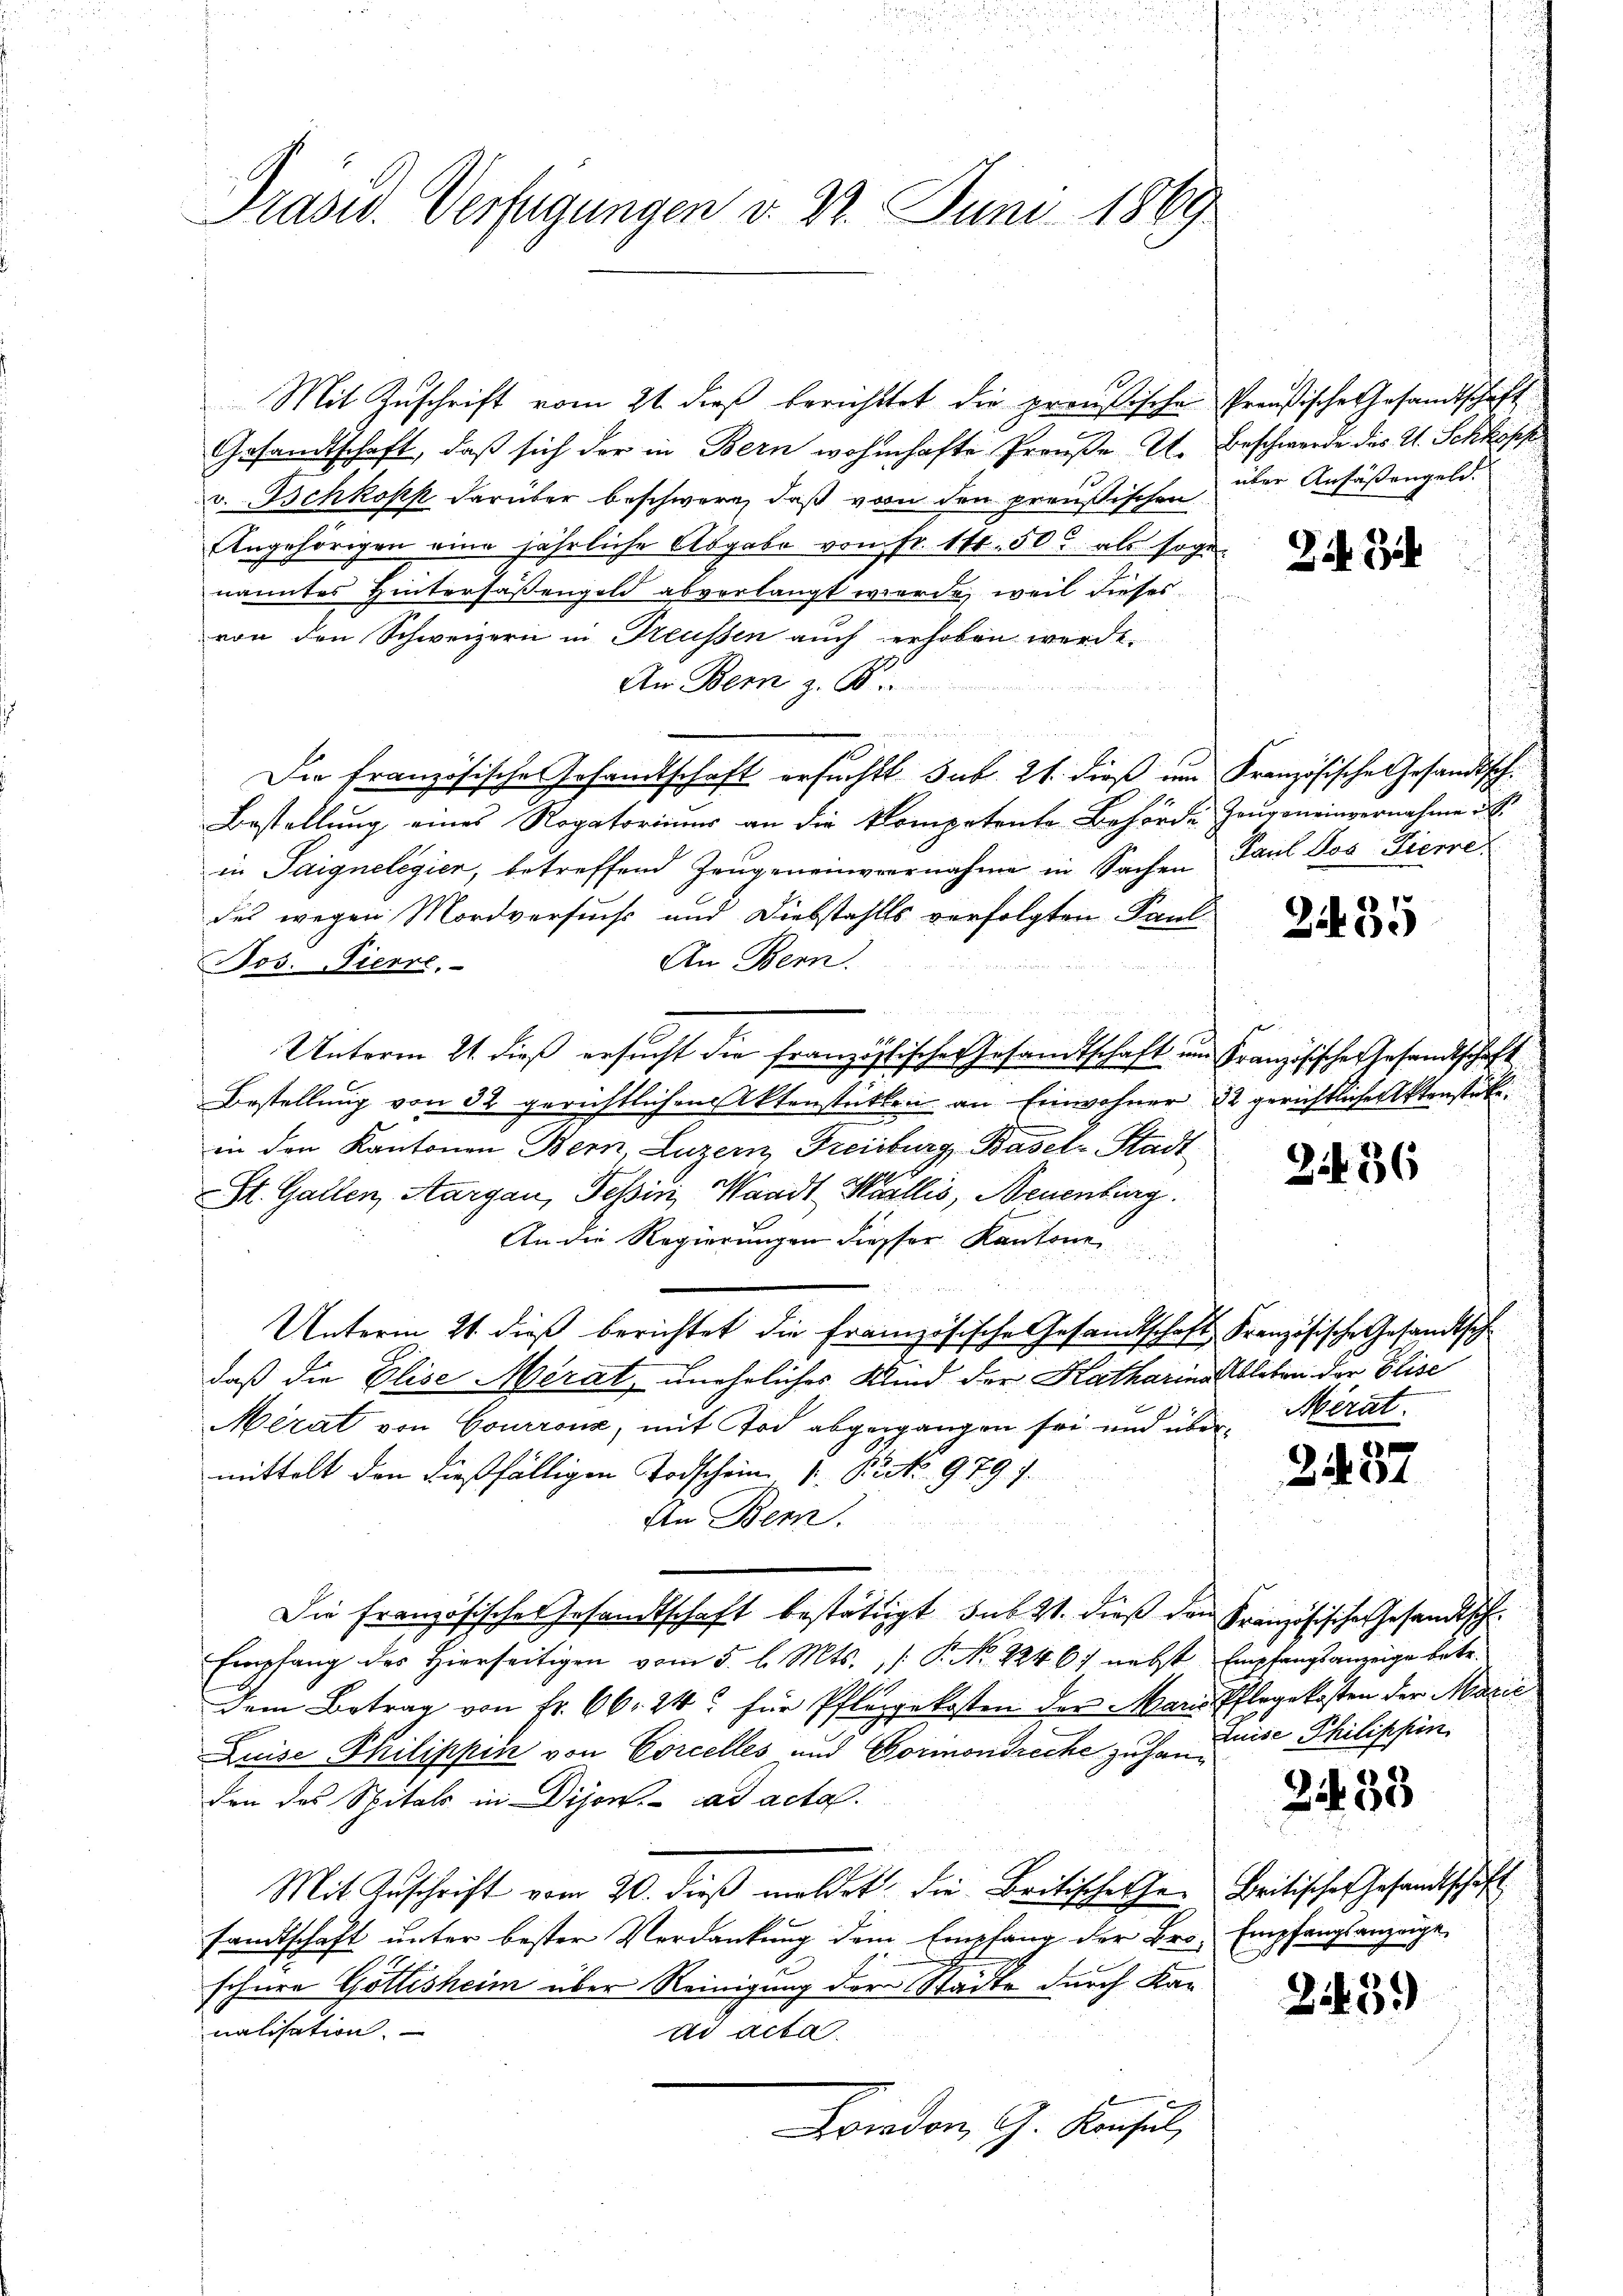
Präsid. Verfügungen v. 23. Juni 1869

Mit Zuschrift vom 2t dieß berichttet die preußische Preußische Gesandtschaft
Gesandtschaft, daß sich der in Bern wohnhafte Preuße I. Beschwerde des H. Schopp
v. Tschkopp darüber beschwere, daß von den preußischen über Ansäßengeld.
Angehörigen eine jährliche Abgabe vom fr. 146. 50. als sogenanntes Hintersassengeld abverlangt werde, weil dieses
von den Schweizern in Freussen auch erhoben werde.
An Bern z. B.

Die französische Gesandtschaft ersucht sub. 21. dieß im Französische Gesandtsch.
Bestellung eines Rogatoriums an die kompetente Behörde Zeugeneinvernahme u. S.
in Saignelegier, betreffend Zeugeneinvernahme in Sachen Paul Dos Fierre
des wegen Mordversuchs und Diebstahls verfolgten Paul
An Bern.
os. Pierre.
Unterm 21. dieß ersucht die französische Gesandtschaft und Französische Gesandtschaft
Bestellung von 32 gerichtlichen Aktenstütten an Einwohner 22 gerichtliche Aktenstüke
in den Kantonen Bern Luzern Freiburg, Basel-Stadt
St. Gallen, Aargau, Tessin, Waadt Maillis, Neuenburg.
An die Regierungen diesser Kantone
d
Unterm 21. dieß berichtet die französische Gesandtschaft Französische Gesandtsch
daß die Elise Merat, uneheliches Kind der Katharinallbleben der Elise
Merat von Courronz, mit Tod abgegangen sei und über Merat.
mittelt den dießfälligen Todschein 1. P. Nr. 979 f.
An Bern.
Die Französisches Gesandtschaft bestätigt sub 21. dieß den Französische Gesandtsch
Empfang des Hierseitigen vom 5. l. Mts. /: P. No. 2246. nebst Empfangsanzeige betr.
dem Betrag von Fr. 66. 24. für Pflegekosten der Marie Pflegekosten der Marie
Luise Philippin von Corcelles und Gormondreche zu hande Philippin
den des Spitals in Dijon. ad acta.
Mit Zuschrift vom 20. dieß meldet die Britischehen Britisches Gesandtschaft
sandtschaft unter bester Verdankung dem Empfang der Bro- Empfangsanzeige,
schnee Göttisheim über Reinigung der Städte durch Kanalisation.
ad acta.
Frieden, G. Konsul,

23

2435

2436

2437

233

2439)